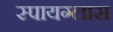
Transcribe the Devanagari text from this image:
स्पायग्लास